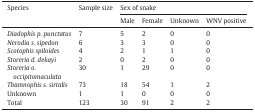
| <ROWSPAN=2> Species | <ROWSPAN=2> Sample size | <COLSPAN=4> Sex of snake |
 | Male | Female | Unknown | WNV positive |
 | --- | --- | --- | --- | --- | --- |
 | Diadophis p. punctatus | 7 | 5 | 2 | 0 | 0 |
 | Nerodia s. sipedon | 6 | 3 | 3 | 0 | 0 |
 | Scotophis spiloides | 4 | 2 | 1 | 1 | 0 |
 | Storeria d. dekayi | 2 | 0 | 2 | 0 | 0 |
 | Storeria o. occipitomaculata | 30 | 1 | 29 | 0 | 0 |
 | Thamnophis s. sirtalis | 73 | 18 | 54 | 1 | 2 |
 | Unknown | 1 | 1 | 0 | 0 | 0 |
 | Total | 123 | 30 | 91 | 2 | 2 |